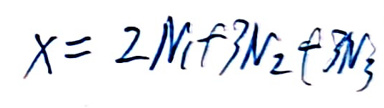
$X = 2 M _ { 1 } + 3 N _ { 2 } + 3 N _ { 3 }$